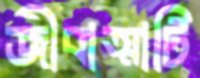
জীবাত্মাটি